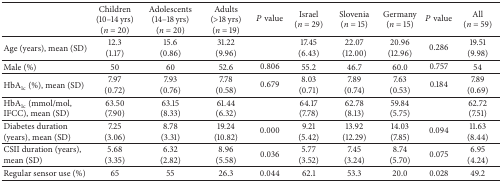
<table><thead><tr><td><b> </b></td><td><b>Children (10–14 yrs)(<i>n</i> = 20)</b></td><td><b>Adolescents(14–18 yrs) (<i>n</i> = 20)</b></td><td><b>Adults(&gt;18 yrs)(<i>n</i> = 19)</b></td><td><b><i>P</i> value</b></td><td><b>Israel(<i>n</i> = 29)</b></td><td><b>Slovenia(<i>n</i> = 15)</b></td><td><b>Germany(<i>n</i> = 15)</b></td><td><b><i>P</i> value</b></td><td><b>All(<i>n</i> = 59)</b></td></tr></thead><tbody><tr><td>Age (years), mean (SD)</td><td>12.3(1.17)</td><td>15.6(0.86)</td><td>31.22(9.96)</td><td> </td><td>17.45(6.43)</td><td>22.07(12.00)</td><td>20.96(12.96)</td><td>0.286</td><td>19.51(9.98)</td></tr><tr><td>Male (%)</td><td>50</td><td>60</td><td>52.6</td><td>0.806</td><td>55.2</td><td>46.7</td><td>60.0</td><td>0.757</td><td>54</td></tr><tr><td>HbA<sub>1c</sub> (%), mean (SD)</td><td>7.97(0.72)</td><td>7.93(0.76)</td><td>7.78(0.58)</td><td>0.679</td><td>8.03(0.71)</td><td>7.89(0.74)</td><td>7.63(0.53)</td><td>0.184</td><td>7.89(0.69)</td></tr><tr><td>HbA<sub>1c</sub> (mmol/mol, IFCC), mean (SD)</td><td>63.50(7.90)</td><td>63.15(8.33)</td><td>61.44(6.32)</td><td> </td><td>64.17(7.78)</td><td>62.78(8.13)</td><td>59.84(5.75)</td><td> </td><td>62.72(7.51)</td></tr><tr><td>Diabetes duration (years), mean (SD)</td><td>7.25(3.06)</td><td>8.78(3.31)</td><td>19.24(10.82)</td><td>0.000</td><td>9.21(5.42)</td><td>13.92(12.29)</td><td>14.03(7.85)</td><td>0.094</td><td>11.63(8.44)</td></tr><tr><td>CSII duration (years), mean (SD)</td><td>5.68(3.35)</td><td>6.32(2.82)</td><td>8.96(5.58)</td><td>0.036</td><td>5.77(3.52)</td><td>7.45(3.24)</td><td>8.74(5.70)</td><td>0.075</td><td>6.95(4.24)</td></tr><tr><td>Regular sensor use (%)</td><td>65</td><td>55</td><td>26.3</td><td>0.044</td><td>62.1</td><td>53.3</td><td>20.0</td><td>0.028</td><td>49.2</td></tr></tbody></table>